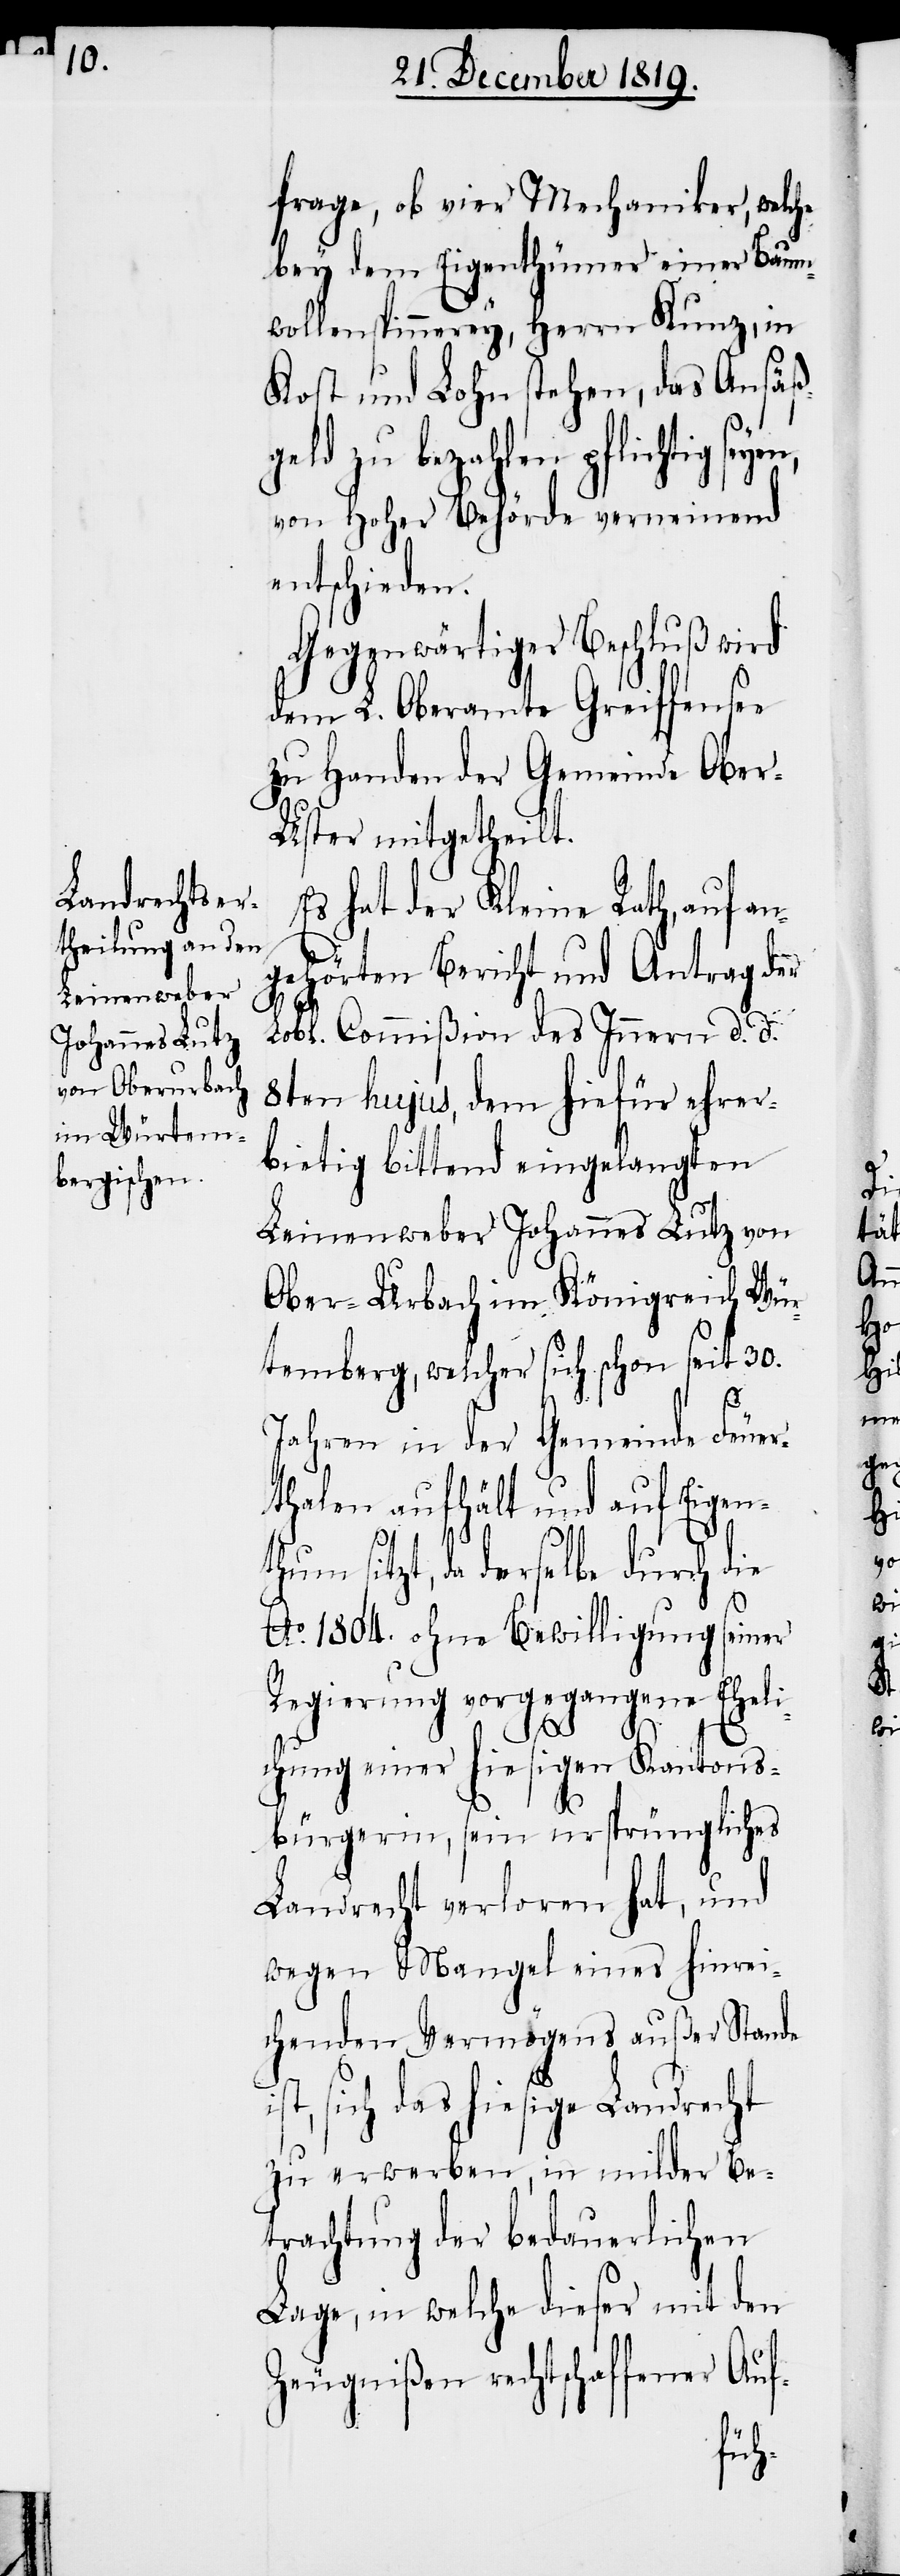
frage, ob vier Mechaniker, welche
bey dem Eigenthümer einer Baum¬
wollenspinnerey, Herrn Kunz, in
Kost und Lohn stehen, das Ansäßg¬
eld zu bezahlen pflichtig
von hoher Behörde verneinend
entschieden.
Gegenwärtiger Beschluß wird
dem L. Oberamte Greiffensee
zu Handen der Gemeinde Obe¬
r-Uster mitgetheilt.
Es hat der Kleine Rath, auf an¬
gehörten Bericht und Antrag der
Lobl. Commißion des Innern d. d.
8ten hujus, dem hiefür ehrer¬
bietig bittend eingelangten
Leinenweber Johannes Lutz von
Ober-Urbach im Königreich Wür¬
temberg, welcher sich schon seit 30.
Jahren in der Gemeinde Feuer¬
thalen aufhält und auf Eigen¬
thum sitzt, da derselbe durch die
Ao. 1804. ohne Bewilligung seiner
Regierung vorgegangene Eheli¬
chung einer hiesigen Kantons¬
bürgerin, sein ursprüngliches
Landrecht verloren hat, und
wegen Mangel eines hinrei¬
chenden Vermögens außer Stande
sich das hiesige Landrecht
zu erwerben, in milder Be¬
trachtung der bedauerlichen
Lage, in welche dieser mit den
Zeugnißen rechtschaffener Auf-